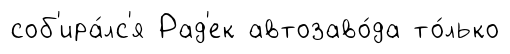
соб'ира́лс'я Рад'ек автозаво́да то́лько